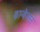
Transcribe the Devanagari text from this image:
कान्वेन्सन